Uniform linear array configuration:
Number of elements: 8
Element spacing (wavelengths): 0.5
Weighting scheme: cosine
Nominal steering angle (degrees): -45
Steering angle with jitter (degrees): -44.007
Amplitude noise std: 0.05
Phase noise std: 0.05

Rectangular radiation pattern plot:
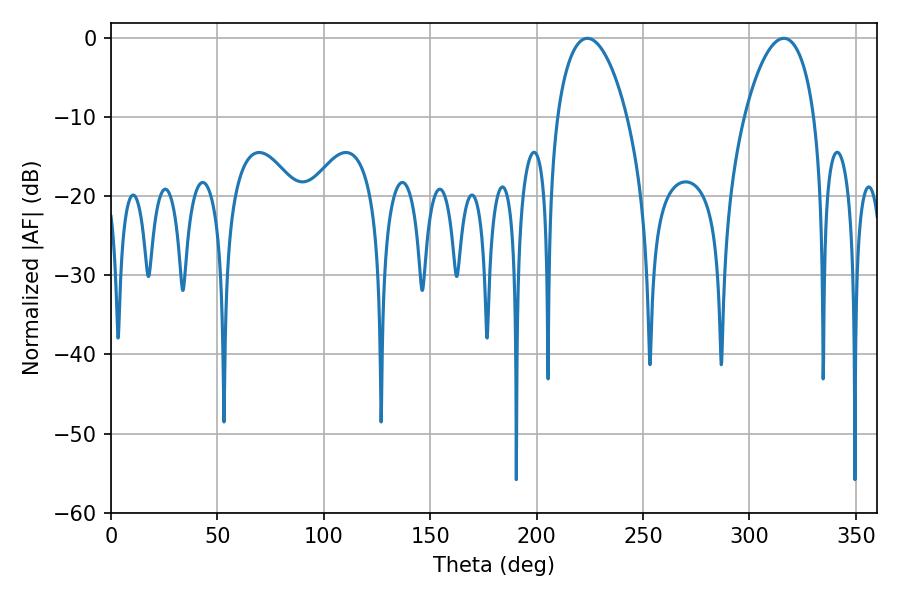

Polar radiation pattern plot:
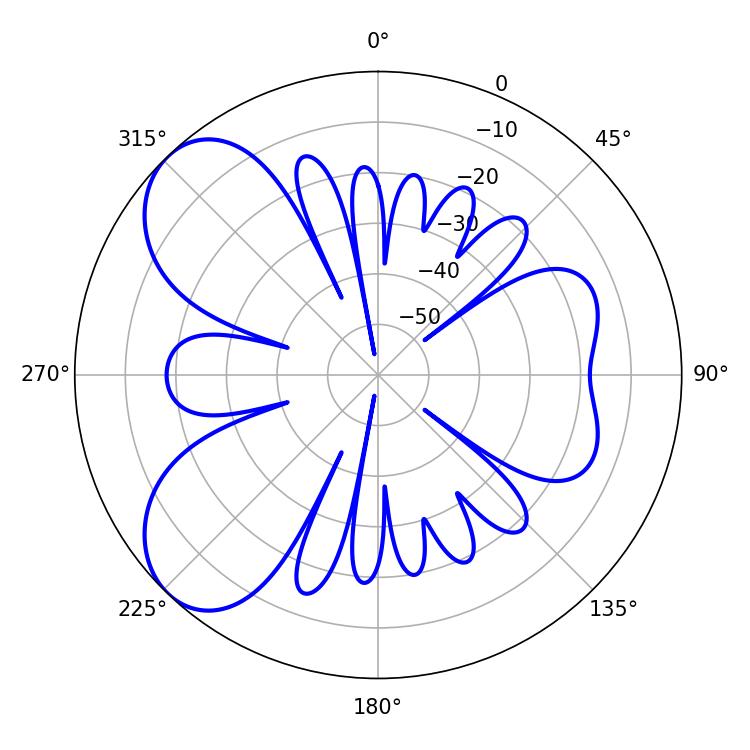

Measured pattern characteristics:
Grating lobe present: FALSE
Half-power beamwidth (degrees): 18.54
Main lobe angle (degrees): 223.92